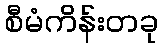
စီမံကိန်းတခု